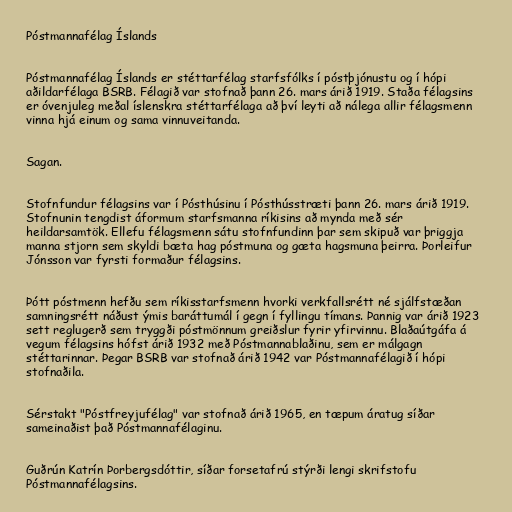
Póstmannafélag Íslands

Póstmannafélag Íslands er stéttarfélag starfsfólks í póstþjónustu og í hópi
aðildarfélaga BSRB. Félagið var stofnað þann 26. mars árið 1919. Staða félagsins
er óvenjuleg meðal íslenskra stéttarfélaga að því leyti að nálega allir félagsmenn
vinna hjá einum og sama vinnuveitanda.

Sagan.

Stofnfundur félagsins var í Pósthúsinu í Pósthússtræti þann 26. mars árið 1919.
Stofnunin tengdist áformum starfsmanna ríkisins að mynda með sér
heildarsamtök. Ellefu félagsmenn sátu stofnfundinn þar sem skipuð var þriggja
manna stjorn sem skyldi bæta hag póstmuna og gæta hagsmuna þeirra. Þorleifur
Jónsson var fyrsti formaður félagsins.

Þótt póstmenn hefðu sem ríkisstarfsmenn hvorki verkfallsrétt né sjálfstæðan
samningsrétt náðust ýmis baráttumál í gegn í fyllingu tímans. Þannig var árið 1923
sett reglugerð sem tryggði póstmönnum greiðslur fyrir yfirvinnu. Blaðaútgáfa á
vegum félagsins hófst árið 1932 með Póstmannablaðinu, sem er málgagn
stéttarinnar. Þegar BSRB var stofnað árið 1942 var Póstmannafélagið í hópi
stofnaðila.

Sérstakt "Póstfreyjufélag" var stofnað árið 1965, en tæpum áratug síðar
sameinaðist það Póstmannafélaginu.

Guðrún Katrín Þorbergsdóttir, síðar forsetafrú stýrði lengi skrifstofu
Póstmannafélagsins.